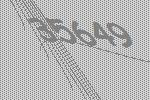
35649